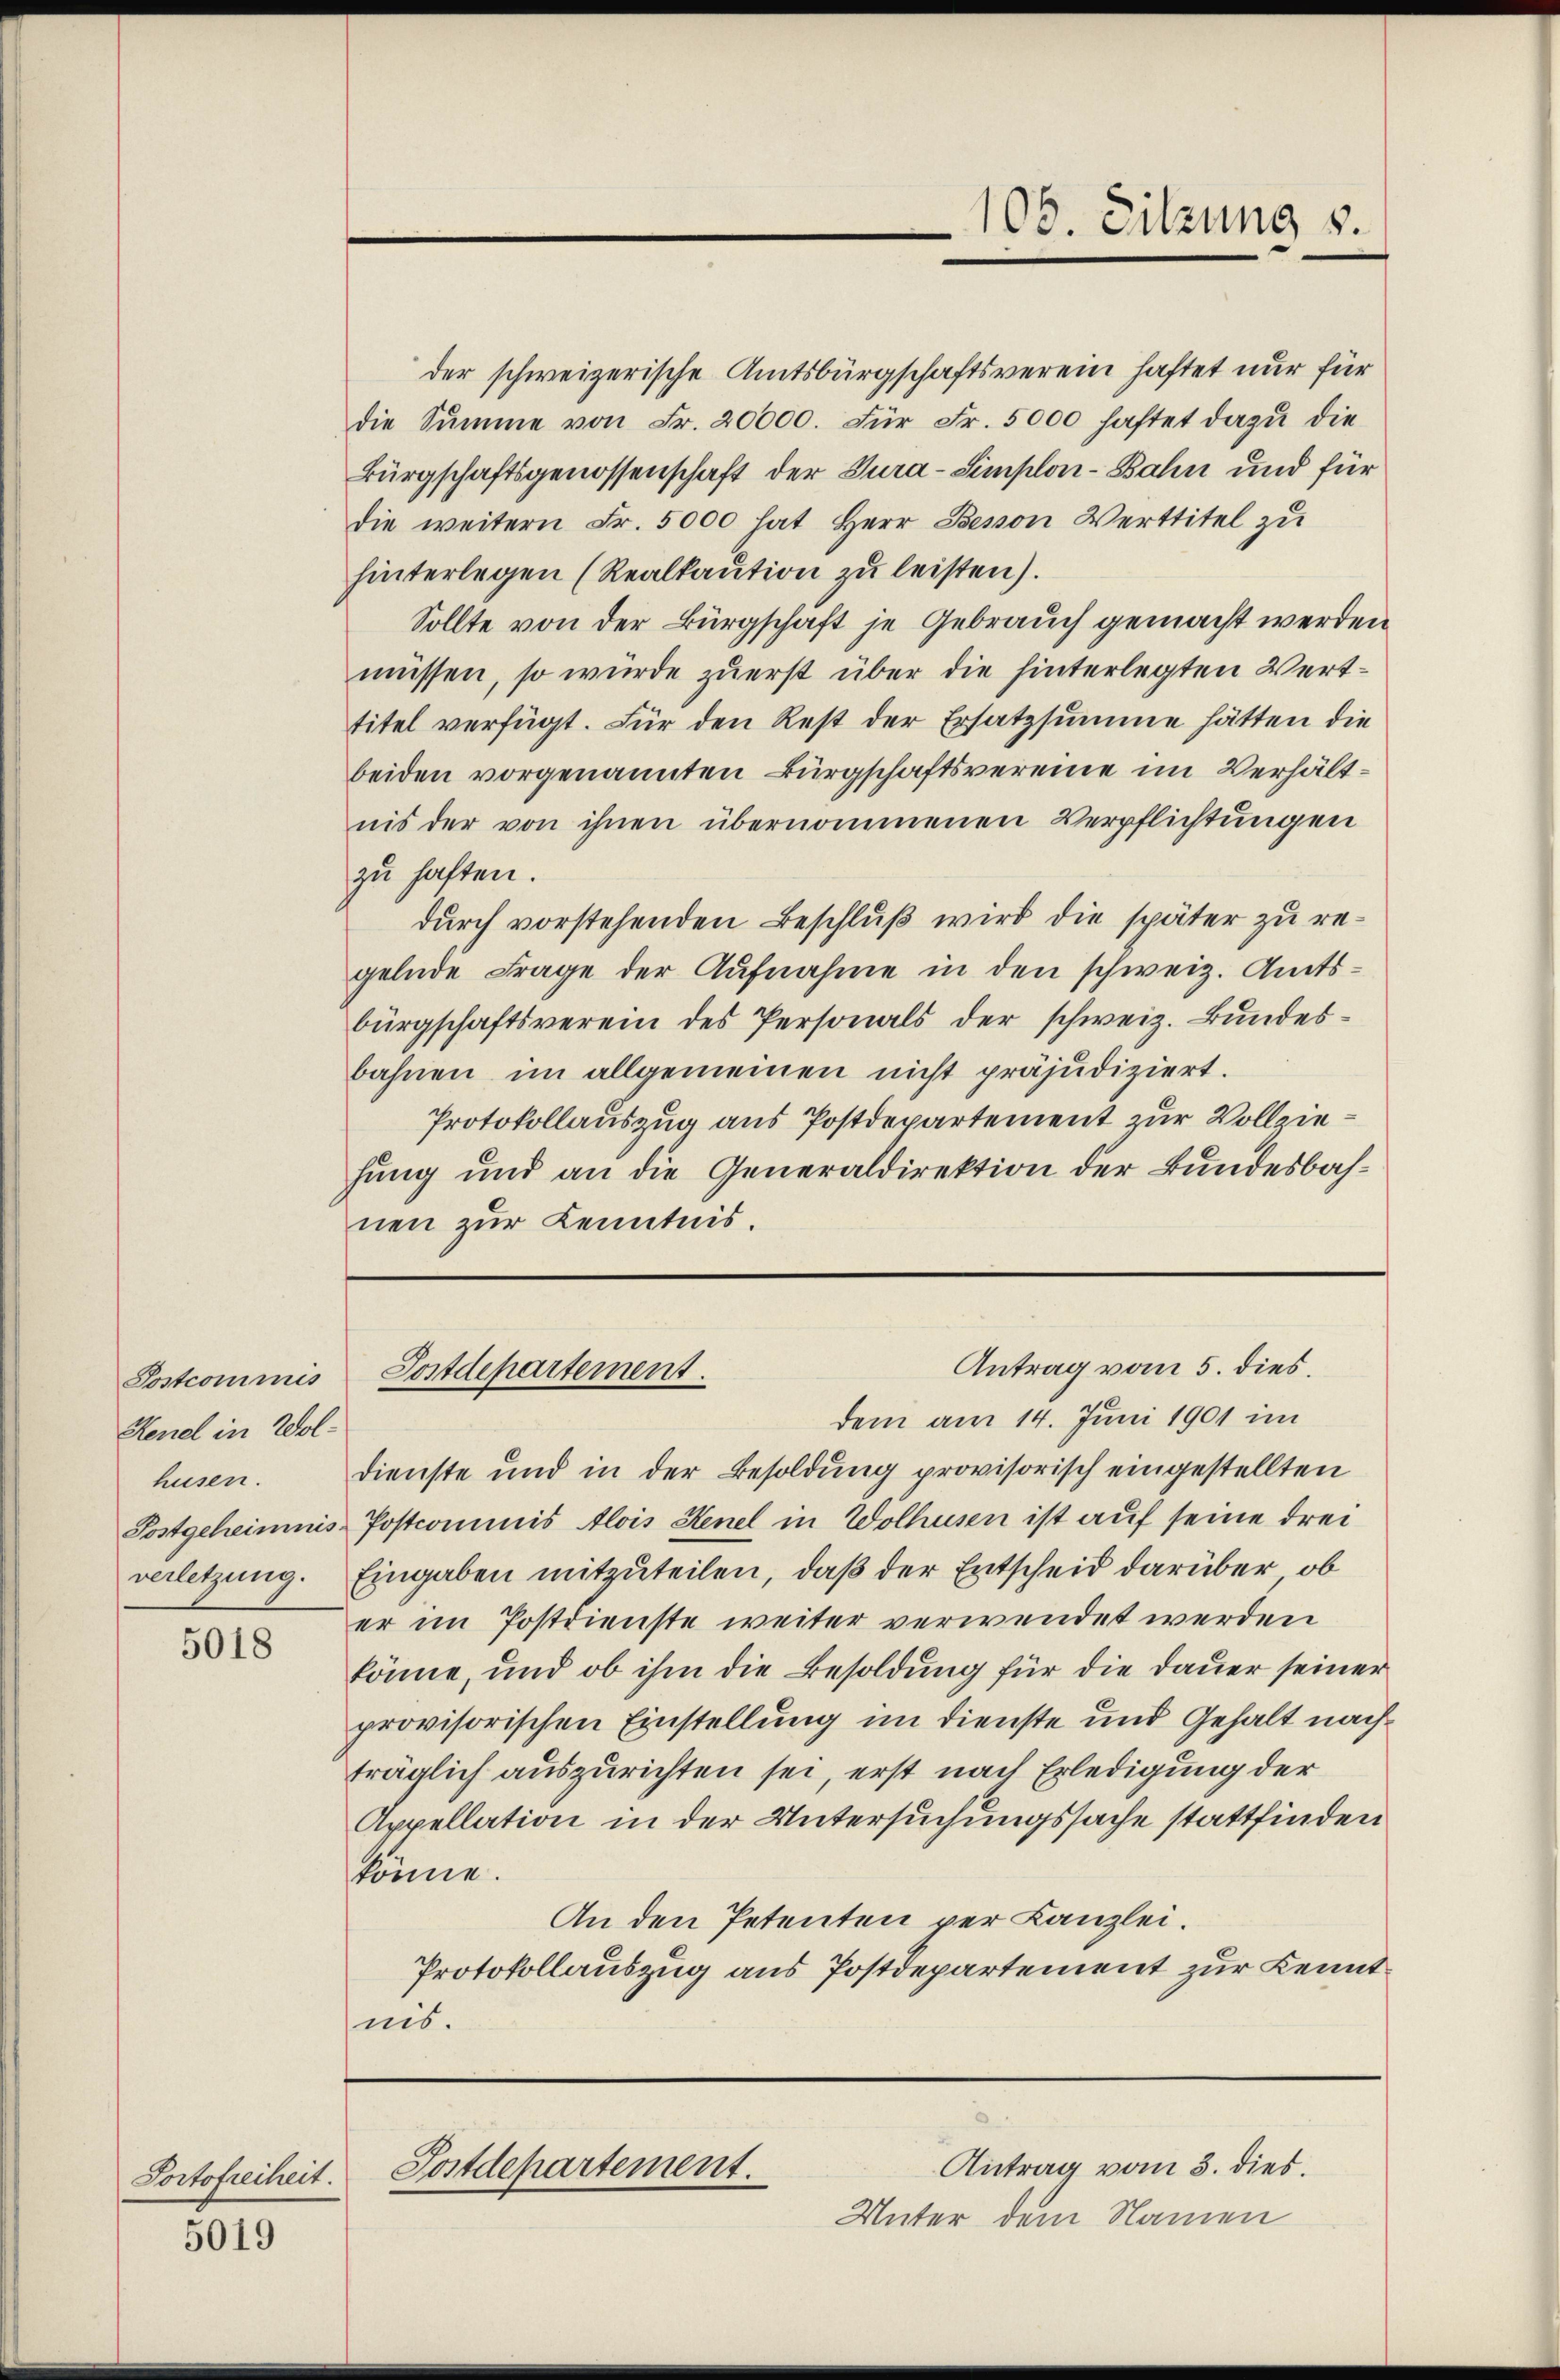
Postcommis
Henel in Wolhusen.
verletzung.

5018

Portofreiheit.

5019

108. Sitzung 8.

Unter dem Namen

der schweizerische Amtsbürgschaftsverein haftet nur für
die Summe von Fr. 20000. für Fr. 5000 haftet dazŭ die
Bürgschaftsgenossenschaft der Tura-Simplon-Bahn und für
die weitern Fr. 5000 hat Herr Bessen Werttitel zu
hinterlegen (Realkaution zu leisten).
Sollte von der Bürgschaft je Gebrauch gemacht werden
müssen, so würde zuerst über die hinterlegten Werttitel verfügt. Für den Rest der Ersatzsumme hätten die
beiden vorgenannten Bürgschaftsvereine im Verhältnis der von ihnen übernommenen Verpflichtungen
zu haften.
durch vorstehenden Beschluß wird die später zu regelnde Frage der Aufnahme in den schweiz. Amtsbürgschaftsverein des Personals der schweiz. Bundesbahnen im allgemeinen nicht präjudiziert.
Protokollauszug aus Postdepartement zur Vollziehung und an die Generaldirektion der Bundesbahnen zur Kenntnis.

Antrag vom 5. dies.
Postdepartement.

dem am 14. Juni 1901 im
dienste und in der Besoldung provisorisch eingestellten
Postgeheimnis Postcommis Alois Henel in Wolhusen ist auf seine Frei¬
Eingaben mitzuteilen, daß der Entscheid darüber, ob
er im Postdienste weiter verwendet werden
könne, und ob ihm die Besoldung für die Dauer seiner
provisorischen Einstellung im Dienste und Gehalt nach
träglich auszurichten sei, erst nach Erledigung der
Appellation in der Untersuchungssache stattfinden
könne.
An den Petenten per Kanzlei.
Protokollauszug aus Postdepartement zur Kenntnis.

Antrag vom 3. dies.
Postdepartement.